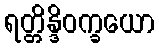
ရတ္တိန္ဒိဝက္ခယော